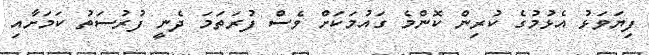
ފިޔަވަޅު އެޅުމުގެ ކުރިން ކޮންމެ ގައުމަކަށް ވެސް ފުރަތަމަ ދެނީ ފުރުސަތު ކަމަށާއި